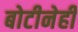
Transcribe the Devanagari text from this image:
बोटीनेही